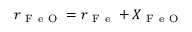
r _ { \mathrm { ~ F ~ e ~ O ~ } } = r _ { \mathrm { ~ F ~ e ~ } } + X _ { \mathrm { ~ F ~ e ~ O ~ } }